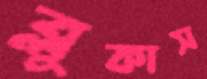
ব্লুকাস